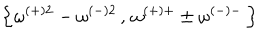
\left\{ \omega ^ { ( + ) 2 } - \omega ^ { ( - ) 2 } \, , \, \omega ^ { ( + ) + } \pm \omega ^ { ( - ) - } \, \right\}